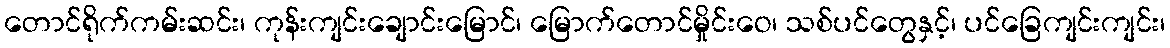
တောင်ရိုက်ကမ်းဆင်း၊ ကုန်းကျင်းချောင်းမြောင်၊ မြောက်တောင်မှိုင်းဝေ၊ သစ်ပင်တွေနှင့်၊ ပင်ခြေကျင်းကျင်း၊